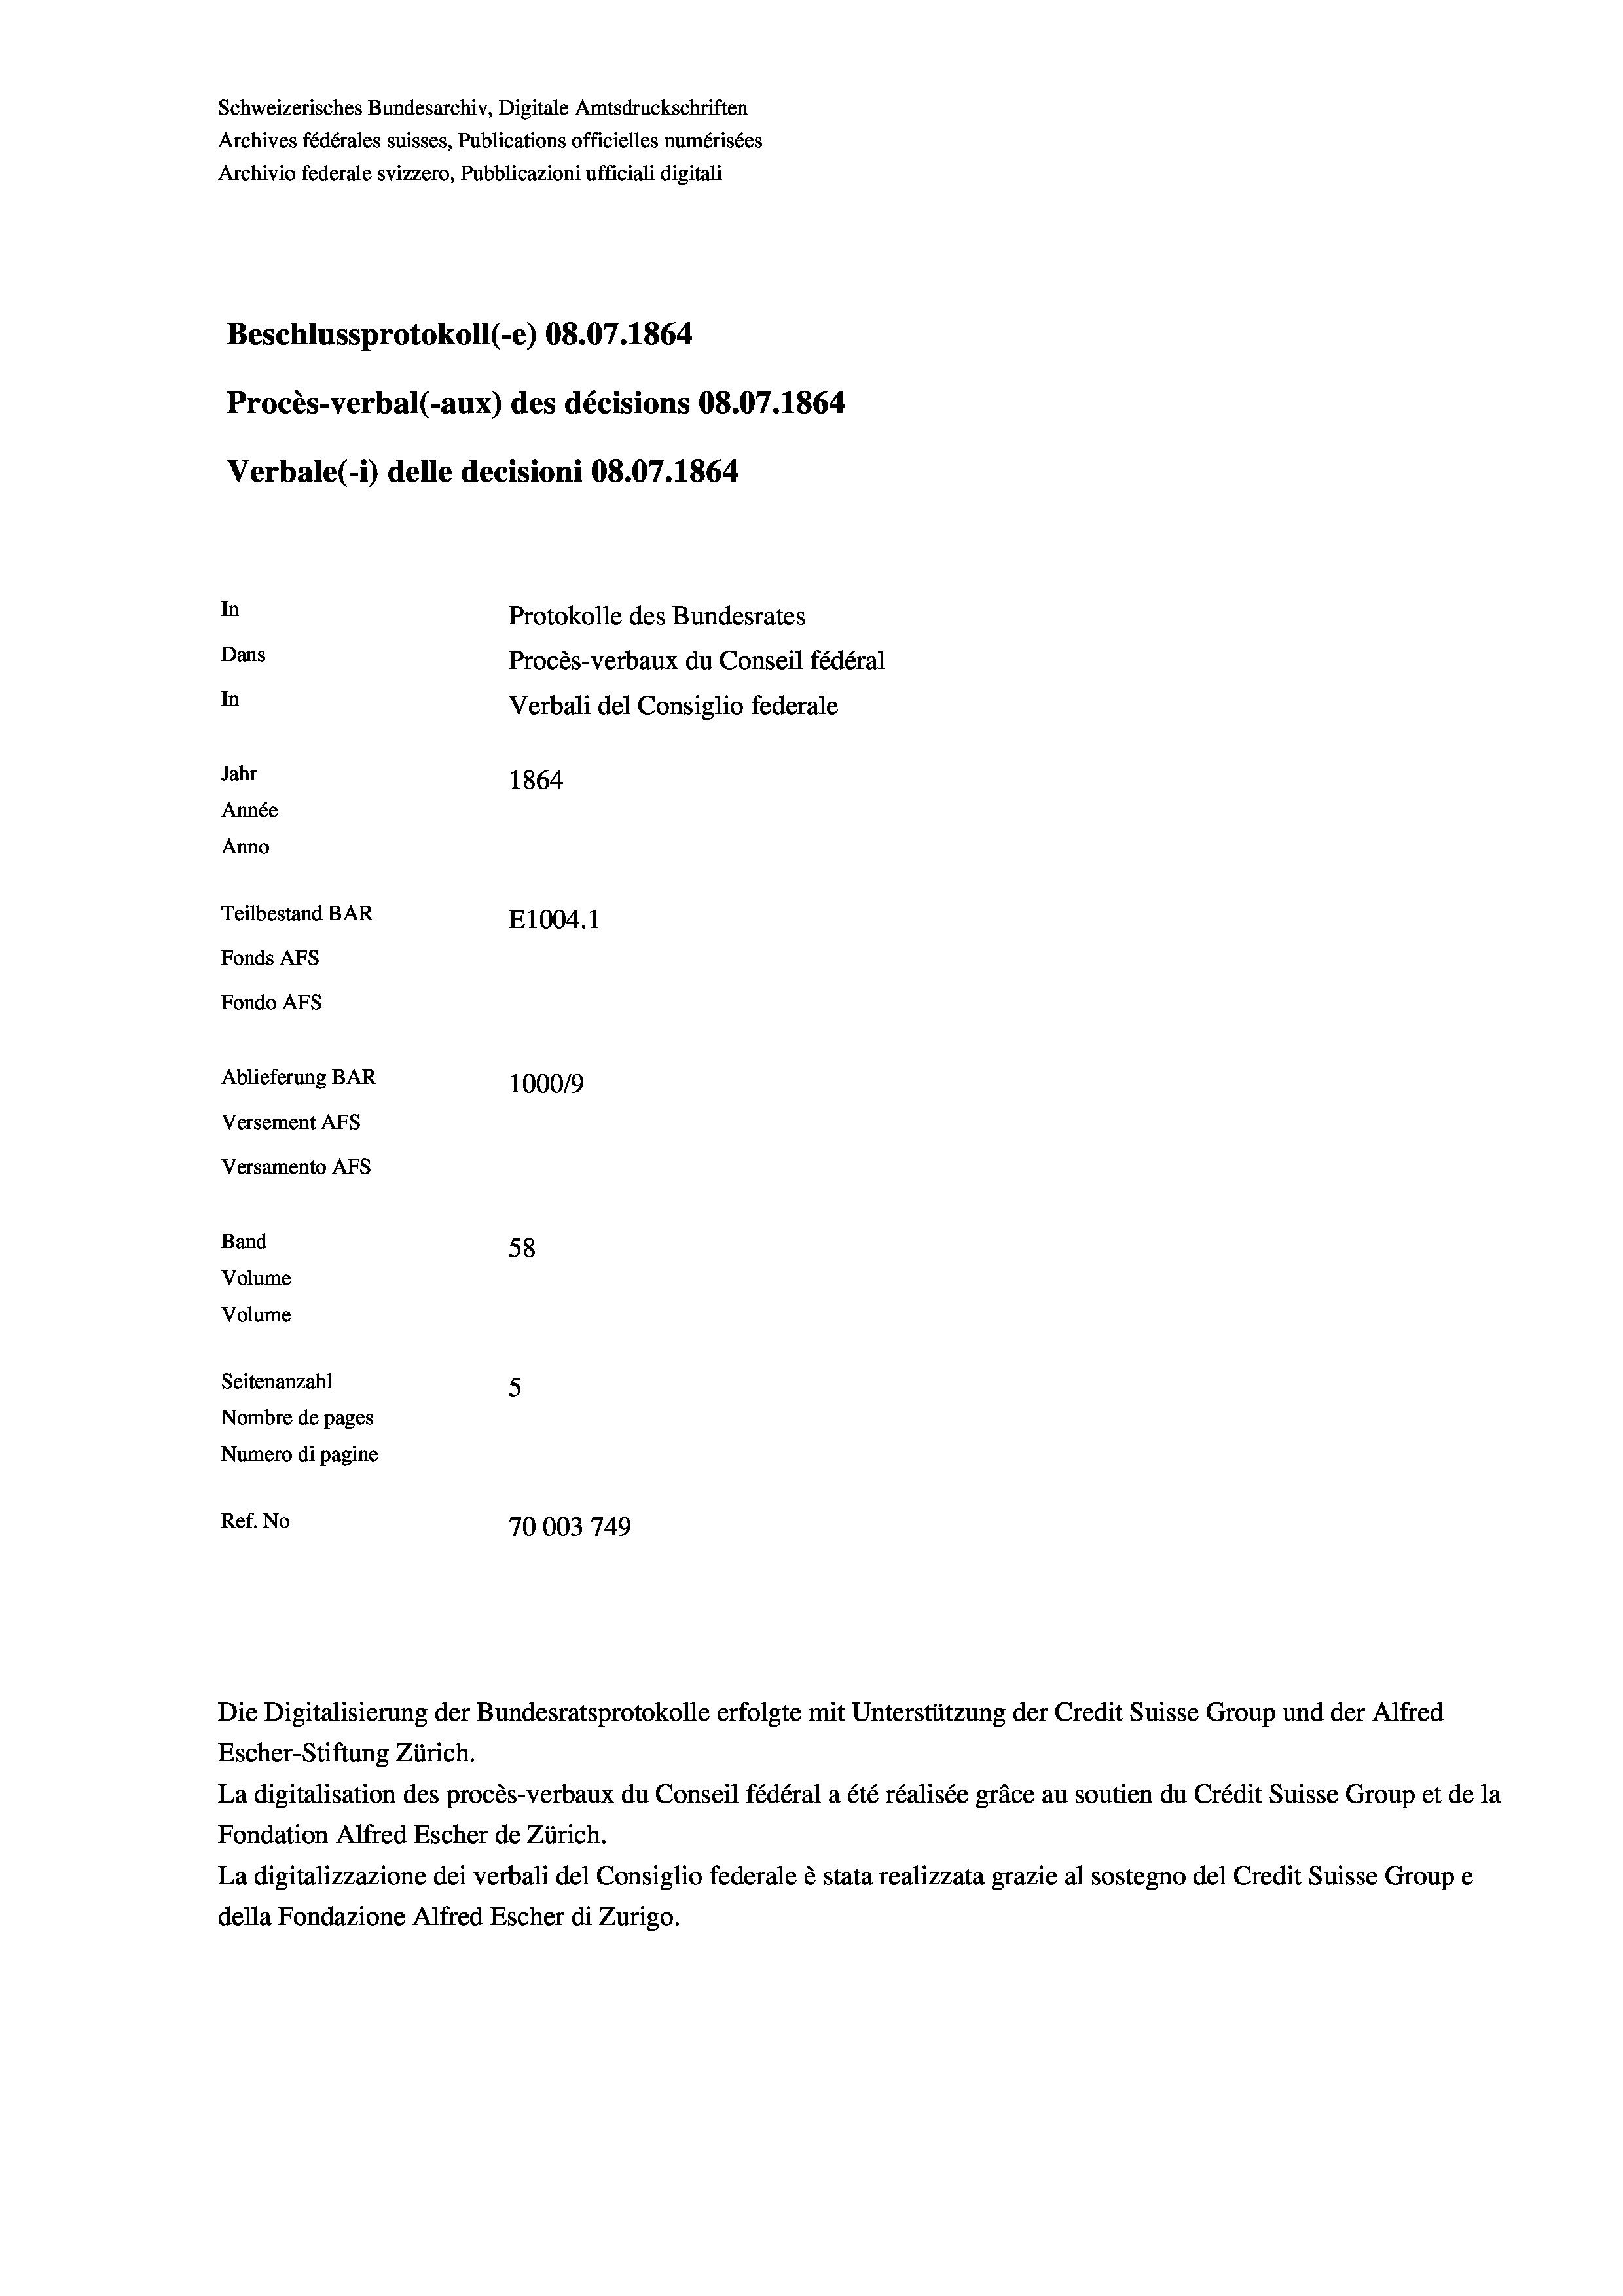
Schweizerisches Bundesarchiv, Digitale Amtsdruckschriften
Archives fédérales suisses, Publications officielles numérisées
Archivio federale svizzero, Pubblicazioni ufficiali digitali
Beschlussprotokoll (-e) 08.07. 1864
Procès-verbal (-aux) des décisions 08.07.1864
Verbale (i) delle decisioni 08.07. 1864
In
Protokolle des Bundesrates
Dans
Procès-verbaux du Conseil fédéral
In
Verbali del Consiglio federale
Jahr
1864
Année
Anno
Teilbestand BAR
E1004.1
Fonds Afs
Fondo AFs
Ablieferung BAR
100019
Versement AFs
Versamento Afs

Band
Volume
Volume
Seitenanzahl

58
5
Nombre de pages
Numero di pagine
Ref. No
70003 749

Escher-Stiftung Zürich.
La digitalisation des procès-verbaux du Conseil fédéral a été réalisée gräce au soutien du Crédit Suisse Group et de la
Fondation Alfred Escher de Zürich.
La digitalizzazione dei verbali del Consiglio federale è stata realizzata grazie al sostegno del Credit Suisse Groupe
della Fondazione Alfred Escher di Zurigo.

Die Digitalisierung der Bundesratsprotokolle erfolgte mit Unterstützung der Credit Suisse Group und der Alfred